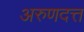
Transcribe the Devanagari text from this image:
अरुणदत्त